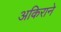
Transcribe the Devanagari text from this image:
अकिराने